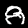
Label: 8